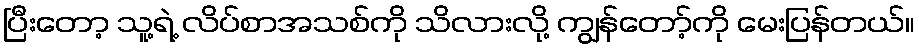
ပြီးတော့ သူ့ရဲ့ လိပ်စာအသစ်ကို သိလားလို့ ကျွန်တော့်ကို မေးပြန်တယ်။